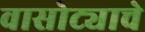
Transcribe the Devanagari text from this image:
वासोट्याचे